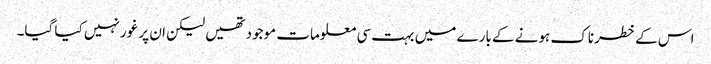
اس کے خطرناک ہونے کے بارے میں بہت سی معلومات موجود تھیں لیکن ان پر غور نہیں کیا گیا۔